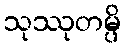
သုဿုတမ္ပိ